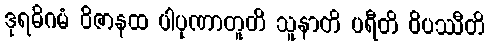
ဒုရဓိဂမံ ဝိဇာနထ ပါပုဏာတူတိ သူနာတိ ပရီတိ ဝိပဿီတိ